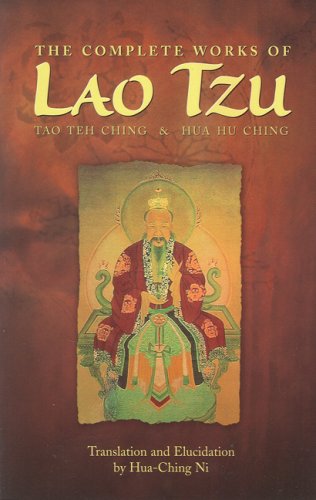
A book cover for The Complete Works of Lao Tzu: Tao Teh Ching & Hau Hu Ching; Hua Ching Ni; Religion & Spirituality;